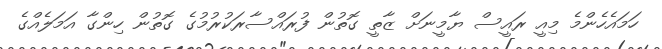
ހަމައެހެންމެ މިއީ ރައީސް ޔާމީނަށް ޒާތީ ގޮތުން ފުރައްސާރަކުރުމުގެ ގޮތުން ހިންގާ އަމަލެއްގެ